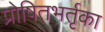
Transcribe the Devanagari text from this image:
प्रोषितभर्तृका